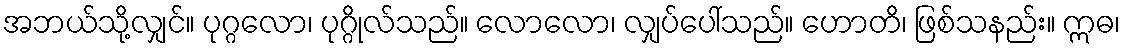
အဘယ်သို့လျှင်။ ပုဂ္ဂလော၊ ပုဂ္ဂိုလ်သည်။ လောလော၊ လျှပ်ပေါ်သည်။ ဟောတိ၊ ဖြစ်သနည်း။ ဣဓ၊